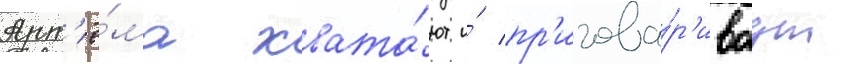
Арт'ё́ма хвата́ют и́ пр'игова́р'иваут